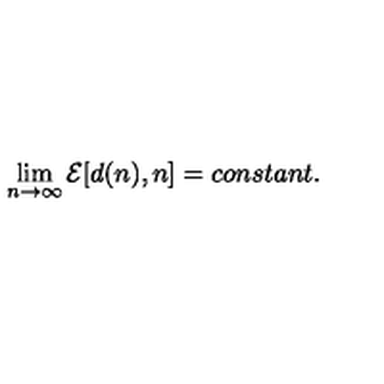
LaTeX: \lim _ { n \rightarrow \infty } { \cal E } [ d ( n ) , n ] = c o n s t a n t .